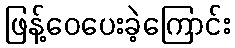
ဖြန့်ဝေပေးခဲ့ကြောင်း